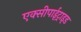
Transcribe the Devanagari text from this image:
एक्सीपाईट्राइड